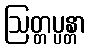
ဩတ္တပ္ပန္တာ